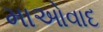
માઓવાદ